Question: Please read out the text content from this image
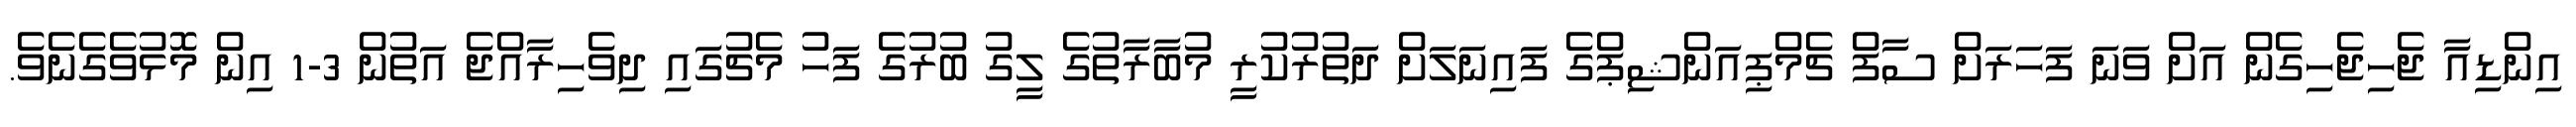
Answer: އިންޑިއާ ޖެހިޖެހިގެން އަށް ވަނަ ފަހަރަށް ސާފް ޗެމްޕިއަންޝިޕްގެ ފައިނަލަށް ދަތުރުކުރީ މުބާރާތުގެ ލީގު ބުރުގެ ފަހު މެޗުގައި ދިވެހިރާއްޖެ އަތުން 3-1 އިން މޮޅުވެގެނެވެ.